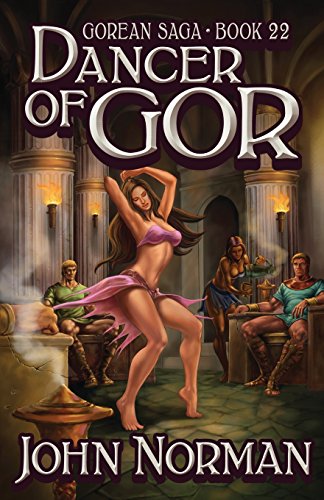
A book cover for Dancer of Gor (Gorean Saga); John Norman; Romance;